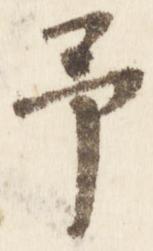
予